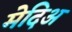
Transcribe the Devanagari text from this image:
मेदिअ